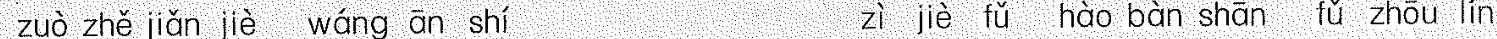
zuò zhě jiǎn jiè wáng ān shí zì jiè fǔ hào bàn shān fǔ zhōu lín